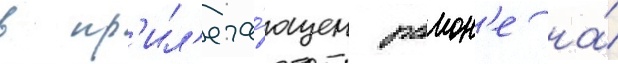
в пр'ил'ега́ющем раион'е на́